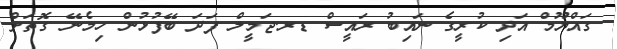
ގައްޔޫމް އަދި ކުރީގެ ނައިބު ރައީސް ޑރ.ޖަމީލް ފަދަ ބޭފުޅުން ހިމެނޭ ގޮތަށް